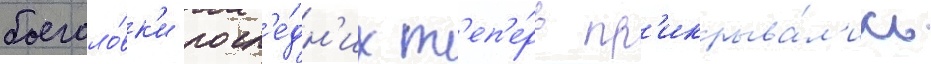
боеголо́вк'и посл'е́дн'их т'еп'е́рь пр'икрыва́л'ись